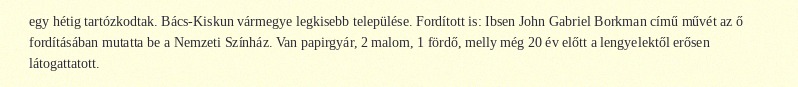
egy hétig tartózkodtak. Bács-Kiskun vármegye legkisebb települése. Fordított is: Ibsen John Gabriel Borkman című művét az ő fordításában mutatta be a Nemzeti Színház. Van papirgyár, 2 malom, 1 fördő, melly még 20 év előtt a lengyelektől erősen látogattatott.